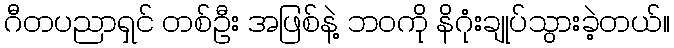
ဂီတပညာရှင် တစ်ဦး အဖြစ်နဲ့ ဘဝကို နိဂုံးချုပ်သွားခဲ့တယ်။